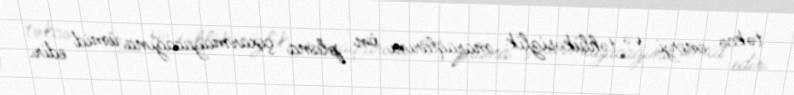
təkcə enerji və təhlükəsizlik maraqlarını ön plana çıxarmayacağına ümid edir.